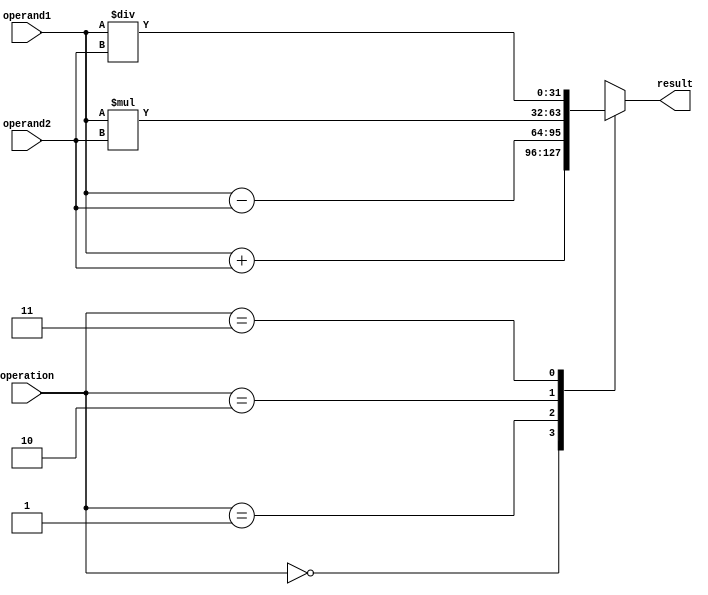
module floating_point_alu (
    input wire [31:0] operand1, // input operand 1 (single precision float)
    input wire [31:0] operand2, // input operand 2 (single precision float)
    input wire [2:0] operation, // control signal for selecting operation (0: addition, 1: subtraction, 2: multiplication, 3: division)
    output reg [31:0] result // output result of the operation
);

always @(*) begin
    case(operation)
        3'b000: // addition
            result = operand1 + operand2;
        3'b001: // subtraction
            result = operand1 - operand2;
        3'b010: // multiplication
            result = operand1 * operand2;
        3'b011: // division
            result = operand1 / operand2;
        default: // invalid operation
            result = 32'hx;
    endcase
end

endmodule